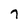
Character: 7